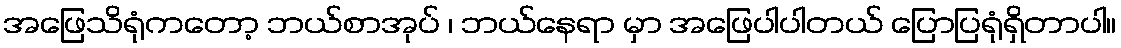
အဖြေသိရုံကတော့ ဘယ်စာအုပ် ၊ ဘယ်နေရာ မှာ အဖြေပါပါတယ် ပြောပြရုံရှိတာပါ။